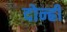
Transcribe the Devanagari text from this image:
दोन्ह्री